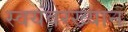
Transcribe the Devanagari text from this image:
स्वयंवरख्यान